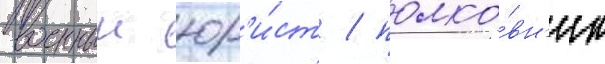
военныи юр'и́ст / полко́вн'ик